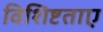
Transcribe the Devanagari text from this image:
विशिष्टताए